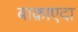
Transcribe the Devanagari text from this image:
बाक़ाएदा